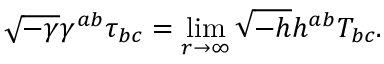
\sqrt { - \gamma } \gamma ^ { a b } \tau _ { b c } = \operatorname * { l i m } _ { r \to \infty } \sqrt { - h } h ^ { a b } T _ { b c } .